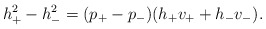
\begin{align*} h_+^2-h_-^2=(p_+-p_-)(h_+v_++h_-v_-).\end{align*}